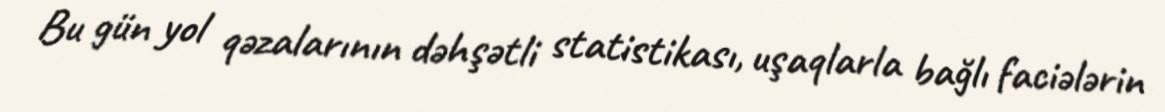
Bu gün yol qəzalarının dəhşətli statistikası, uşaqlarla bağlı faciələrin